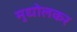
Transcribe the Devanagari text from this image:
मुधोलकर